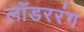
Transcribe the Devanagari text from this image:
लाँडररंग